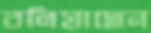
বলিয়াছেন